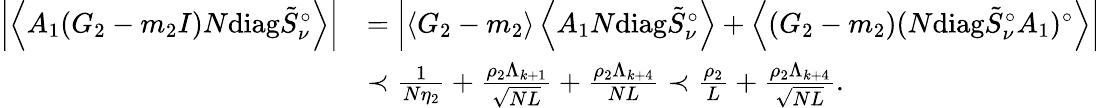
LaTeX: \begin{array}{rl}{\left|\left\langle{A_{1}(G_{2}-m_{2}I)N\mathrm{diag}\tilde{S}_{\nu}^{\circ}}\right\rangle\right|}&{=\left|\left\langle{G_{2}-m_{2}}\right\rangle\left\langle{A_{1}N\mathrm{diag}\tilde{S}_{\nu}^{\circ}}\right\rangle+\left\langle{(G_{2}-m_{2})(N\mathrm{diag}\tilde{S}_{\nu}^{\circ}A_{1})^{\circ}}\right\rangle\right|}\\ &{\prec\frac{1}{N\eta_{2}}+\frac{\rho_{2}\Lambda_{k+1}}{\sqrt{NL}}+\frac{\rho_{2}\Lambda_{k+4}}{NL}\prec\frac{\rho_{2}}{L}+\frac{\rho_{2}\Lambda_{k+4}}{\sqrt{NL}}.}\end{array}